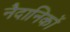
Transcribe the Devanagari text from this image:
नैदानिकों